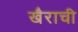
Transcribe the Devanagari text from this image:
खैराची